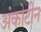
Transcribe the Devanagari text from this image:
अंकोटीन